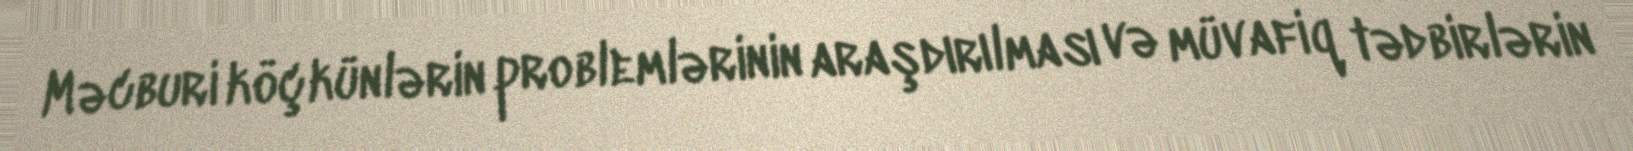
Məcburi köçkünlərin problemlərinin araşdırılması və müvafiq tədbirlərin